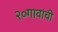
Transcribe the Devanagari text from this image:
२०गावांची